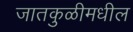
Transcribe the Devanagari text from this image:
जातकुळीमधील